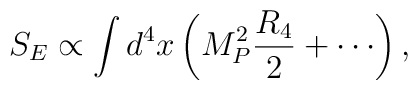
S_E\propto \int d^4x \left(M_P^2 \frac{R_4}{2}+\cdots\right),